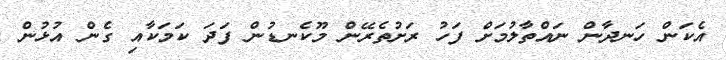
އެކަން ހަނދާން ނައްތާލުމަށް ފަހު ރަށުތެރޭން މޫކެނޑުން ފަދަ ކަމަކާއި ގެން އުޅުން